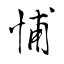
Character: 悑